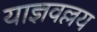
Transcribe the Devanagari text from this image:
याज्ञवल्लय